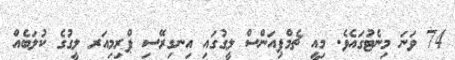
74 ވަނަ މިނެޓުގައެވެ. މިއީ ޗެމްޕިއަންސް ލީގުގައި އިނގިރޭސި ޕްރިމިއަރ ލީގުގެ ކުލަބެއް